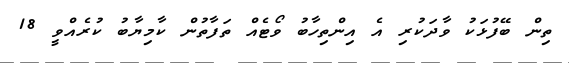
ތިން ބޭފުޅަކު ވާދަކުރި އެ އިންތިހާބު ވޯޓެއް ތަފާތުން ކާމިޔާބު ކުރެއްވީ 18